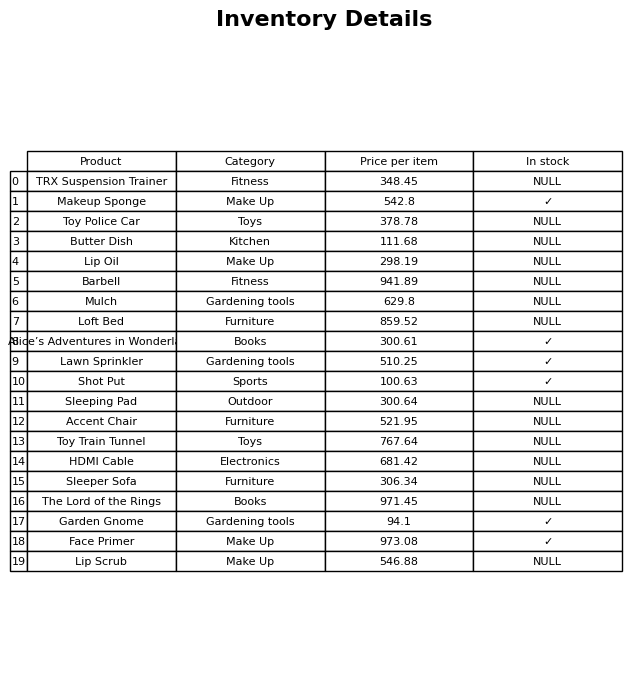
question: What is the price for The Lord of the Rings?
answer: The price of The Lord of the Rings is 971.45.